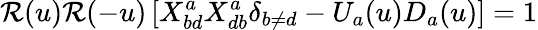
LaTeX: {\cal R}(u){\cal R}(-u)\left[X_{bd}^{a}X_{db}^{a}\delta_{b\neq d}-U_{a}(u)D_{a}(u)\right]=1